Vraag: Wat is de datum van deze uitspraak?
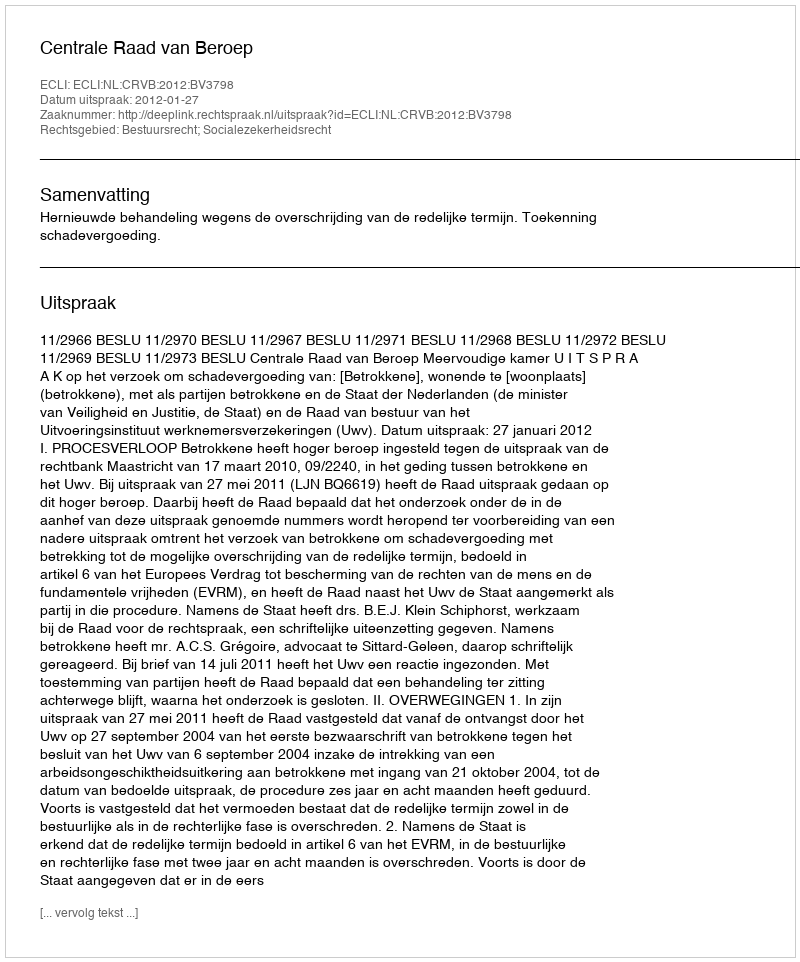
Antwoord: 2012-01-27